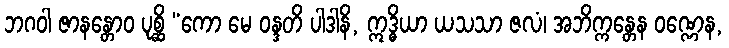
ဘဂဝါ ဇာနန္တောဝ ပုစ္ဆိ “ကော မေ ဝန္ဒတိ ပါဒါနိ, ဣဒ္ဓိယာ ယသသာ ဇလံ၊ အဘိက္ကန္တေန ဝဏ္ဏေန,